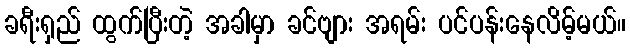
ခရီးရှည် ထွက်ပြီးတဲ့ အခါမှာ ခင်ဗျား အရမ်း ပင်ပန်းနေလိမ့်မယ်။